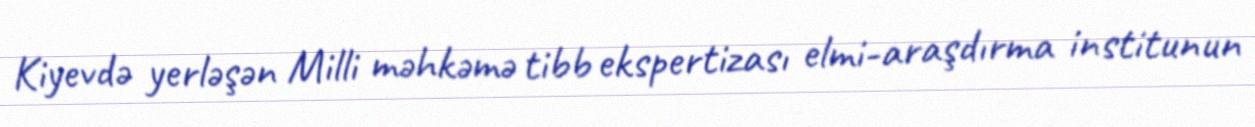
Kiyevdə yerləşən Milli məhkəmə tibb ekspertizası elmi-araşdırma institunun